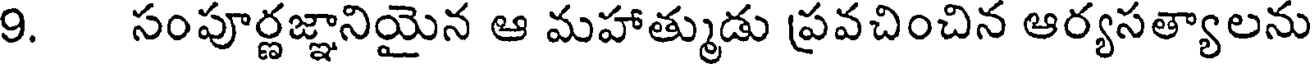
9. సంపూర్ణజ్ఞానియైన ఆ మహాత్ముడు ప్రవచించిన ఆర్యసత్యాలను